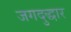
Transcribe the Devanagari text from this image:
जगदुद्धार